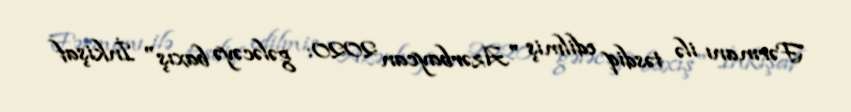
Fərmanı ilə təsdiq edilmiş "Azərbaycan 2020: gələcəyə baxış" İnkişaf